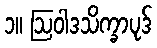
၁။ ဩဝါဒသိက္ခာပုဒ်